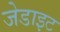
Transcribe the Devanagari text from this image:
जेडाइट